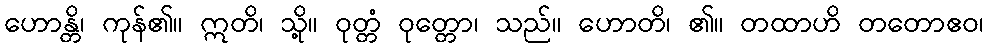
ဟောန္တိ၊ ကုန်၏။ ဣတိ၊ သို့။ ဝုတ္တံ ဝုတ္တော၊ သည်။ ဟောတိ၊ ၏။ တထာဟိ တတောဧဝ၊